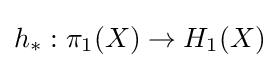
h_{*}:\pi _{1}(X)\to H_{1}(X)